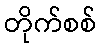
တိုက်စစ်